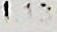
1.13